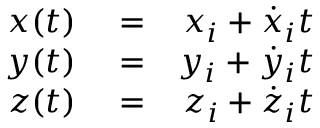
\begin{array} { r l r } { x ( t ) } & { { } = } & { x _ { i } + \dot { x } _ { i } t } \\ { y ( t ) } & { { } = } & { y _ { i } + \dot { y } _ { i } t } \\ { z ( t ) } & { { } = } & { z _ { i } + \dot { z } _ { i } t } \end{array}